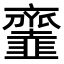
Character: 𩐓